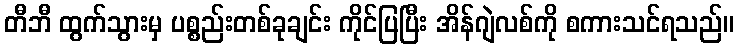
တီဘီ ထွက်သွားမှ ပစ္စည်းတစ်ခုချင်း ကိုင်ပြပြီး အိန်ဂျဲလစ်ကို စကားသင်ရသည်။